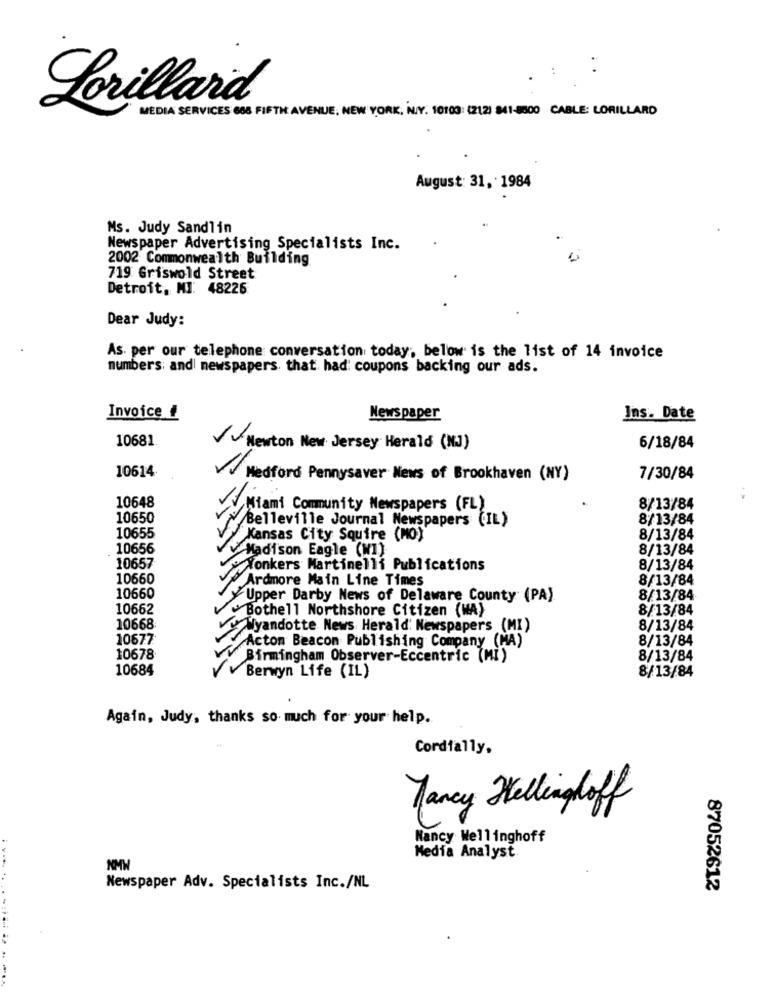
Lorillard
MEDIA SERVICES 668 FIFTH AVENUE, NEW YORK, N.Y. 10103: (212) 841-8600 CABLE: LORILLARD
August: 31, 1984
Ms. Judy Sandlin
Newspaper Advertising Specialists Inc.
2002 Commonwealth Building
719 Griswold Street
Detroit, MI: 48226
Dear Judy:
As. per our telephone conversation today; below is the list of 14 invoice
numbers; and newspapers. that had: coupons backing our ads.
Invoice #
Newspaper
Ins. Date
10681
/ ~ Newton New Jersey Herald (NJ)
6/18/84
10614
Medford Pennysaver News of Brookhaven (NY)
7/30/84
10648
Miami Community Newspapers (FL)
8/13/84
10650
Belleville Journal Newspapers (IL)
8/13/84
10655
Kansas City Squire (MO)
8/13/84
10656
Madison Eagle (W1)
8/13/84
10657
Nonkers Martinelli Publications
8/13/84
10660
Ardmore Main Line Times
8/13/84
10660
Upper Darby News of Delaware County (PA).
8/13/84
10662
Bothell Northshore Citizen (WA)
8/13/84
10668:
Wyandotte News Herald: Newspapers (MI)
8/13/84
10677
Acton Beacon Publishing Company (MA)
8/13/84
10678
Birmingham Observer-Eccentric (MI)
8/13/84
10684
8/13/84
V Berwyn Life (IL)
Again, Judy, thanks so much for your help.
Cordially,
Nancy Kellinghoff
Nancy Wellinghoff
Media Analyst
NMW
Newspaper Adv. Specialists Inc./NL
87052612